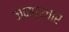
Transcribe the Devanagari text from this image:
जनप्रचार